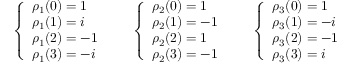
{ \left\{ \begin{array} { l l } { \rho _ { 1 } ( { 0 } ) = 1 } \\ { \rho _ { 1 } ( { 1 } ) = i } \\ { \rho _ { 1 } ( { 2 } ) = - 1 } \\ { \rho _ { 1 } ( { 3 } ) = - i } \end{array} \right. } \qquad { \left\{ \begin{array} { l l } { \rho _ { 2 } ( { 0 } ) = 1 } \\ { \rho _ { 2 } ( { 1 } ) = - 1 } \\ { \rho _ { 2 } ( { 2 } ) = 1 } \\ { \rho _ { 2 } ( { 3 } ) = - 1 } \end{array} \right. } \qquad { \left\{ \begin{array} { l l } { \rho _ { 3 } ( { 0 } ) = 1 } \\ { \rho _ { 3 } ( { 1 } ) = - i } \\ { \rho _ { 3 } ( { 2 } ) = - 1 } \\ { \rho _ { 3 } ( { 3 } ) = i } \end{array} \right. }